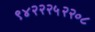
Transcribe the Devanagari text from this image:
९४२२२५२२०८